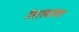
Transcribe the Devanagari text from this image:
नैराश्यावर